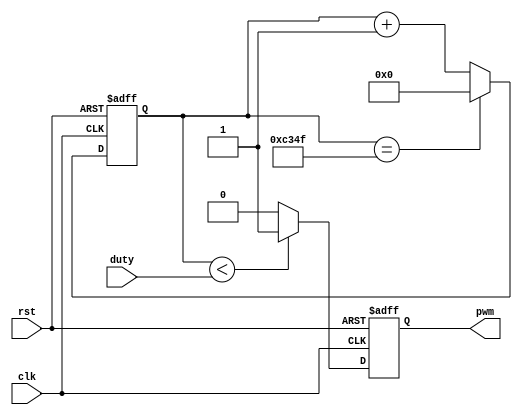
/*
	1KHzPWM 1ms
*/
module pwm(
	input			clk		,
	input			rst		,
	input	[15:0]	duty	,
	
	output	reg		pwm			//PWM
);
parameter	MAX_1MS = 16'd50000;
reg	[15:0] cnt_1ms;//1ms

//1ms
always@(posedge clk or negedge rst)begin
	if(~rst)begin
		cnt_1ms <= 16'd0;
	end
	else begin
		if(cnt_1ms == MAX_1MS - 1'b1)begin
			cnt_1ms <= 16'd0;
		end
		else begin
			cnt_1ms <= cnt_1ms + 16'd1;
		end
	end
end
//PWM
always@(posedge clk or negedge rst)begin
	if(~rst)begin
		pwm <= 1'b0;
	end
	else begin
		if(cnt_1ms < duty)begin
			pwm <= 1'b1;
		end
		else begin
			pwm <= 1'b0;
		end
	end
end

endmodule